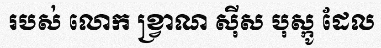
របស់ លោក ខ្វ្រាណ ស៊ីស បុស្កូ ដែល